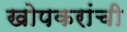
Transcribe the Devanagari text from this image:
खोपकरांची